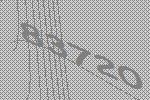
83720